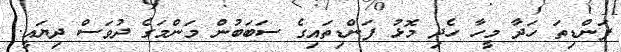
ފަންޑިތަ ހަދާ މީހާ ހެދި މޮޅު ފަންޑިތައިގެ ސަބަބުން މަންމަގެ ދުވަސް ދިޔައީ.